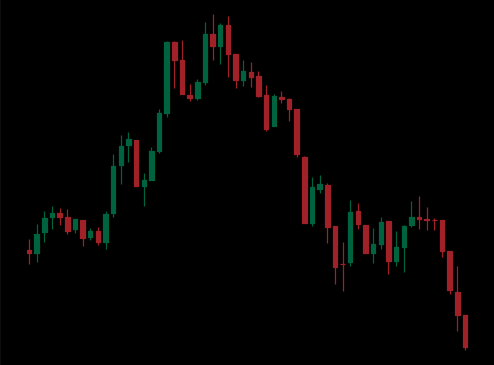
Pattern: head_shoulders